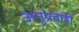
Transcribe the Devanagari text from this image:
अनुप्रवाही